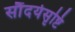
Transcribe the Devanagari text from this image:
सौंदर्यसृष्टि